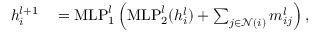
\begin{array} { r l } { h _ { i } ^ { l + 1 } } & { { } = \mathrm { M L P } _ { 1 } ^ { l } \left( \mathrm { M L P } _ { 2 } ^ { l } ( h _ { i } ^ { l } ) + \sum _ { j \in \mathcal { N } ( i ) } m _ { i j } ^ { l } \right) , } \end{array}